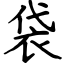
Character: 袋